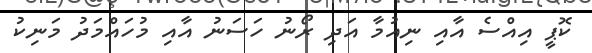
ކޮޕީ އިއްސެ އާއި ނިއުމާ އަދި ރޯނު ހަސަނު އާއި މުހައްމަދު މަނިކު